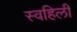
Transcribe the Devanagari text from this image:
स्वहिली